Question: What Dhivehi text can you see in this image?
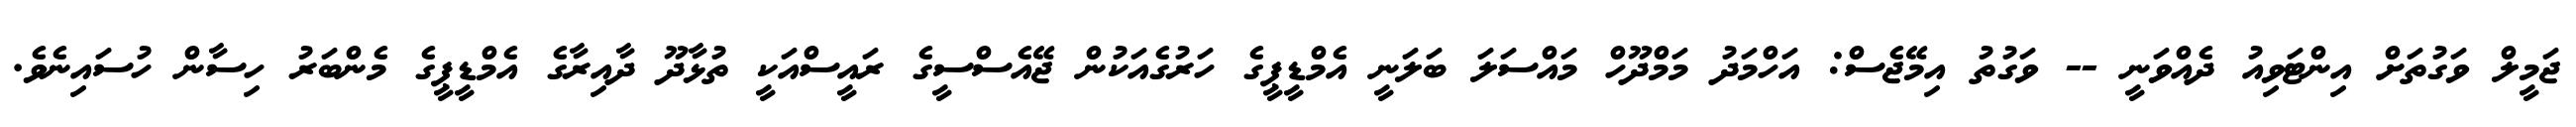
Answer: ޖަމީލް ވަގުތަށް އިންޓަވިއު ދެއްވަނީ -- ވަގުތު އިމޭޖެސް: އަހްމަދު މަމްދޫހް މައްސަލަ ބަލަނީ އެމްޑީޕީގެ ހަރުގެއަކުން ޖޭއެސްސީގެ ރައީސްއަކީ ތުޅާދޫ ދާއިރާގެ އެމްޑީޕީގެ މެންބަރު ހިސާން ހުސައިނެވެ.